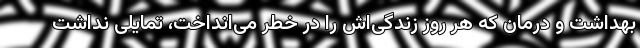
بهداشت و درمان که هر روز زندگی‌اش را در خطر می‌انداخت، تمایلی نداشت